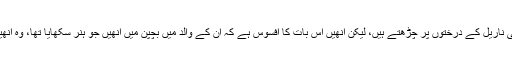
حالانکہ وہ اب بھی ناریل کے درختوں پر چڑھتے ہیں، لیکن انھیں اس بات کا افسوس ہے کہ ان کے والد میں بچپن میں انھیں جو ہنر سکھایا تھا، وہ انھیں اب یاد نہیں رہا۔